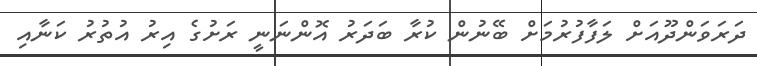
ދަރަވަންދޫއަށް ލަފާފުރުމަށް ބޭނުން ކުރާ ބަދަރު އޮންނަނީ ރަށުގެ އިރު އުތުރު ކަނާއި